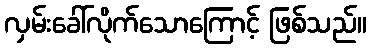
လှမ်းခေါ်လိုက်သောကြောင့် ဖြစ်သည်။